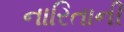
નારિતાની